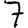
Digit: 7